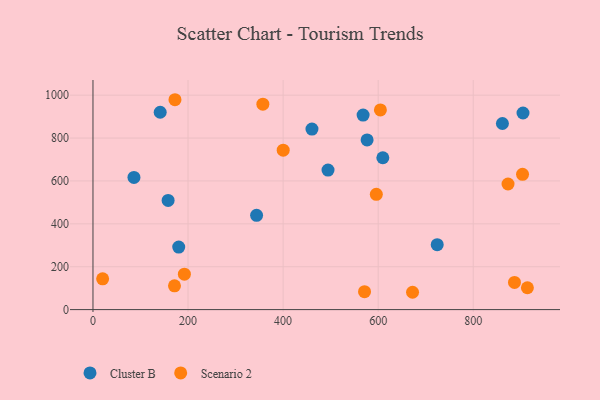
{"axis": {"x": "Study Hours", "y": "Salary"}, "legend": ["Cluster B", "Scenario 2"], "data": [{"x": "568.3", "y": 907.3, "type": "Cluster B"}, {"x": "609.8", "y": 708.2, "type": "Cluster B"}, {"x": "724.2", "y": 302.8, "type": "Cluster B"}, {"x": "460.7", "y": 842.0, "type": "Cluster B"}, {"x": "861.4", "y": 868.0, "type": "Cluster B"}, {"x": "86.2", "y": 616.6, "type": "Cluster B"}, {"x": "904.7", "y": 917.0, "type": "Cluster B"}, {"x": "576.7", "y": 791.3, "type": "Cluster B"}, {"x": "180.4", "y": 291.8, "type": "Cluster B"}, {"x": "141.4", "y": 920.4, "type": "Cluster B"}, {"x": "494.5", "y": 650.8, "type": "Cluster B"}, {"x": "344.2", "y": 439.7, "type": "Cluster B"}, {"x": "158.1", "y": 509.0, "type": "Cluster B"}, {"x": "672.3", "y": 80.8, "type": "Scenario 2"}, {"x": "20.3", "y": 143.7, "type": "Scenario 2"}, {"x": "886.8", "y": 126.7, "type": "Scenario 2"}, {"x": "571.3", "y": 83.7, "type": "Scenario 2"}, {"x": "357.4", "y": 958.0, "type": "Scenario 2"}, {"x": "171.5", "y": 110.9, "type": "Scenario 2"}, {"x": "903.7", "y": 631.0, "type": "Scenario 2"}, {"x": "913.9", "y": 102.0, "type": "Scenario 2"}, {"x": "873.2", "y": 585.7, "type": "Scenario 2"}, {"x": "172.5", "y": 978.8, "type": "Scenario 2"}, {"x": "192.3", "y": 165.0, "type": "Scenario 2"}, {"x": "596.1", "y": 537.5, "type": "Scenario 2"}, {"x": "604.7", "y": 931.1, "type": "Scenario 2"}, {"x": "400.2", "y": 743.4, "type": "Scenario 2"}]}